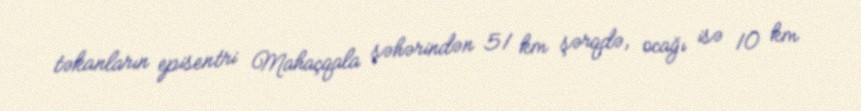
təkanların episentri Mahaçqala şəhərindən 51 km şərqdə, ocağı isə 10 km